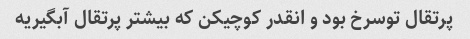
پرتقال توسرخ بود و انقدر کوچیکن که بیشتر پرتقال آبگیریه